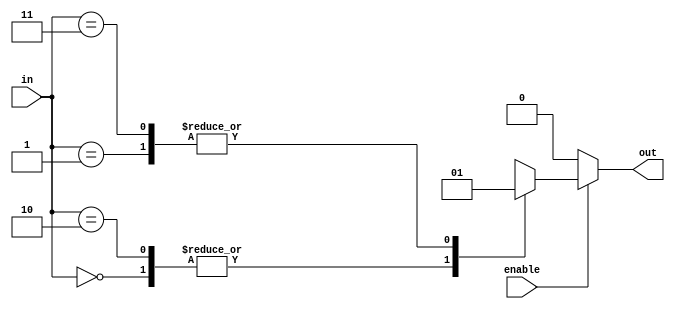

// test_simulation_decoder_2_test.v
module f1_test (input [1:0] in, input enable, output reg  out);

always @(in or enable)
    if(!enable)
	    out = 4'b0000;
	else begin
	   case (in)
	       2'b00 : out = 0 ;
	       2'b01 : out = 1;
	       2'b10 : out = 0;
	       2'b11 : out = 1;
	    endcase
	end
endmodule

// test_simulation_decoder_3_test.v
module f2_test (input [1:0] in, input enable, output reg [2:0] out);

always @(in or enable)
    if(!enable)
	    out = 3'b000;
	else begin
	   case (in)
	       2'b00 : out = 3'b001 ;
	       2'b01 : out = 3'b010;
	       2'b10 : out = 3'b010;
	       2'b11 : out = 3'b100;
	    endcase
	end
endmodule

// test_simulation_decoder_4_test.v
module f3_test (input [2:0] in, output reg [7:0] out);

always @(in )
	   case (in)
	       3'b000 : out = 8'b00000001;
	       3'b001 : out = 8'b00000010;
	       3'b010 : out = 8'b00000100;
	       3'b011 : out = 8'b00001000;
	       3'b100 : out = 8'b00010000;
	       3'b101 : out = 8'b00100000;
	       3'b110 : out = 8'b01000000;
	       3'b111 : out = 8'b10000000;
	    endcase
endmodule	

// test_simulation_decoder_5_test.v
module f4_test (input [2:0] in, input enable, output reg [7:0] out);

always @(in or enable )
    if(!enable)
	    out = 8'b00000000;
	else	
	   case (in)
	       3'b000 : out = 8'b00000001;
	       3'b001 : out = 8'b00000010;
	       3'b010 : out = 8'b00000100;
	       3'b011 : out = 8'b00001000;
	       3'b100 : out = 8'b00010000;
	       3'b101 : out = 8'b00100000;
	       3'b110 : out = 8'b01000000;
	       3'b111 : out = 8'b10000000;
	    endcase
endmodule	

// test_simulation_decoder_6_test.v
module f5_test (input [3:0] in, input enable, output reg [15:0] out);

always @(in or enable)
    if(!enable)
	    out = 16'b0000000000000000;
	else begin
	   case (in)
	       4'b0000 : out = 16'b0000000000000001;
	       4'b0001 : out = 16'b0000000000000010;
	       4'b0010 : out = 16'b0000000000000100;
	       4'b0011 : out = 16'b0000000000001000;
	       4'b0100 : out = 16'b0000000000010000;
	       4'b0101 : out = 16'b0000000000100000;
	       4'b0110 : out = 16'b0000000001000000;
	       4'b0111 : out = 16'b0000000010000000;
	       4'b1000 : out = 16'b0000000100000000;
	       4'b1001 : out = 16'b0000001000000000;
	       4'b1010 : out = 16'b0000010000000000;
	       4'b1011 : out = 16'b0000100000000000;
	       4'b1100 : out = 16'b0001000000000000;
	       4'b1101 : out = 16'b0010000000000000;
	       4'b1110 : out = 16'b0100000000000000;
	       4'b1111 : out = 16'b1000000000000000;
	    endcase
	end
endmodule	


// test_simulation_decoder_7_test.v
module f6_test (input [4:0] in, input enable, output reg [31:0] out);

always @(in or enable)
    if(!enable)
	    out = 32'b00000000000000000000000000000000;
	else begin
	   case (in)
	       5'b00000 : out = 32'b00000000000000000000000000000001;
	       5'b00001 : out = 32'b00000000000000000000000000000010;
	       5'b00010 : out = 32'b00000000000000000000000000000100;
	       5'b00011 : out = 32'b00000000000000000000000000001000;
	       5'b00100 : out = 32'b00000000000000000000000000010000;
	       5'b00101 : out = 32'b00000000000000000000000000100000;
	       5'b00110 : out = 32'b00000000000000000000000001000000;
	       5'b00111 : out = 32'b00000000000000000000000010000000;
	       5'b01000 : out = 32'b00000000000000000000000100000000;
	       5'b01001 : out = 32'b00000000000000000000001000000000;
	       5'b01010 : out = 32'b00000000000000000000010000000000;
	       5'b01011 : out = 32'b00000000000000000000100000000000;
	       5'b01100 : out = 32'b00000000000000000001000000000000;
	       5'b01101 : out = 32'b00000000000000000010000000000000;
	       5'b01110 : out = 32'b00000000000000000100000000000000;
	       5'b01111 : out = 32'b00000000000000001000000000000000;
	       5'b10000 : out = 32'b00000000000000010000000000000000;
	       5'b10001 : out = 32'b00000000000000100000000000000000;
	       5'b10010 : out = 32'b00000000000001000000000000000000;
	       5'b10011 : out = 32'b00000000000010000000000000000000;
	       5'b10100 : out = 32'b00000000000100000000000000000000;
	       5'b10101 : out = 32'b00000000001000000000000000000000;
	       5'b10110 : out = 32'b00000000010000000000000000000000;
	       5'b10111 : out = 32'b00000000100000000000000000000000;
	       5'b11000 : out = 32'b00000001000000000000000000000000;
	       5'b11001 : out = 32'b00000010000000000000000000000000;
	       5'b11010 : out = 32'b00000100000000000000000000000000;
	       5'b11011 : out = 32'b00001000000000000000000000000000;
	       5'b11100 : out = 32'b00010000000000000000000000000000;
	       5'b11101 : out = 32'b00100000000000000000000000000000;
	       5'b11110 : out = 32'b01000000000000000000000000000000;
	       5'b11111 : out = 32'b10000000000000000000000000000000;
	    endcase
	end
endmodule	


// test_simulation_decoder_8_test.v
module f7_test (input [5:0] in, input enable, output reg [63:0] out);

always @(in or enable)
    if(!enable)
	    out = 64'b0000000000000000000000000000000000000000000000000000000000000000;
	else begin
	   case (in)
	       6'b000000 : out = 64'b0000000000000000000000000000000000000000000000000000000000000001;
	       6'b000001 : out = 64'b0000000000000000000000000000000000000000000000000000000000000010;
	       6'b000010 : out = 64'b0000000000000000000000000000000000000000000000000000000000000100;
	       6'b000011 : out = 64'b0000000000000000000000000000000000000000000000000000000000001000;
	       6'b000100 : out = 64'b0000000000000000000000000000000000000000000000000000000000010000;
	       6'b000101 : out = 64'b0000000000000000000000000000000000000000000000000000000000100000;
	       6'b000110 : out = 64'b0000000000000000000000000000000000000000000000000000000001000000;
	       6'b000111 : out = 64'b0000000000000000000000000000000000000000000000000000000010000000;
	       6'b001000 : out = 64'b0000000000000000000000000000000000000000000000000000000100000000;
	       6'b001001 : out = 64'b0000000000000000000000000000000000000000000000000000001000000000;
	       6'b001010 : out = 64'b0000000000000000000000000000000000000000000000000000010000000000;
	       6'b001011 : out = 64'b0000000000000000000000000000000000000000000000000000100000000000;
	       6'b001100 : out = 64'b0000000000000000000000000000000000000000000000000001000000000000;
	       6'b001101 : out = 64'b0000000000000000000000000000000000000000000000000010000000000000;
	       6'b001110 : out = 64'b0000000000000000000000000000000000000000000000000100000000000000;
	       6'b001111 : out = 64'b0000000000000000000000000000000000000000000000001000000000000000;
	       6'b010000 : out = 64'b0000000000000000000000000000000000000000000000010000000000000000;
	       6'b010001 : out = 64'b0000000000000000000000000000000000000000000000100000000000000000;
	       6'b010010 : out = 64'b0000000000000000000000000000000000000000000001000000000000000000;
	       6'b010011 : out = 64'b0000000000000000000000000000000000000000000010000000000000000000;
	       6'b010100 : out = 64'b0000000000000000000000000000000000000000000100000000000000000000;
	       6'b010101 : out = 64'b0000000000000000000000000000000000000000001000000000000000000000;
	       6'b010110 : out = 64'b0000000000000000000000000000000000000000010000000000000000000000;
	       6'b010111 : out = 64'b0000000000000000000000000000000000000000100000000000000000000000;
	       6'b011000 : out = 64'b0000000000000000000000000000000000000001000000000000000000000000;
	       6'b011001 : out = 64'b0000000000000000000000000000000000000010000000000000000000000000;
	       6'b011010 : out = 64'b0000000000000000000000000000000000000100000000000000000000000000;
	       6'b011011 : out = 64'b0000000000000000000000000000000000001000000000000000000000000000;
	       6'b011100 : out = 64'b0000000000000000000000000000000000010000000000000000000000000000;
	       6'b011101 : out = 64'b0000000000000000000000000000000000100000000000000000000000000000;
	       6'b011110 : out = 64'b0000000000000000000000000000000001000000000000000000000000000000;
	       6'b011111 : out = 64'b0000000000000000000000000000000010000000000000000000000000000000;

	       6'b100000 : out = 64'b0000000000000000000000000000000100000000000000000000000000000000;
	       6'b100001 : out = 64'b0000000000000000000000000000001000000000000000000000000000000000;
	       6'b100010 : out = 64'b0000000000000000000000000000010000000000000000000000000000000000;
	       6'b100011 : out = 64'b0000000000000000000000000000100000000000000000000000000000000000;
	       6'b100100 : out = 64'b0000000000000000000000000001000000000000000000000000000000000000;
	       6'b100101 : out = 64'b0000000000000000000000000010000000000000000000000000000000000000;
	       6'b100110 : out = 64'b0000000000000000000000000100000000000000000000000000000000000000;
	       6'b100111 : out = 64'b0000000000000000000000001000000000000000000000000000000000000000;
	       6'b101000 : out = 64'b0000000000000000000000010000000000000000000000000000000000000000;
	       6'b101001 : out = 64'b0000000000000000000000100000000000000000000000000000000000000000;
	       6'b101010 : out = 64'b0000000000000000000001000000000000000000000000000000000000000000;
	       6'b101011 : out = 64'b0000000000000000000010000000000000000000000000000000000000000000;
	       6'b101100 : out = 64'b0000000000000000000100000000000000000000000000000000000000000000;
	       6'b101101 : out = 64'b0000000000000000001000000000000000000000000000000000000000000000;
	       6'b101110 : out = 64'b0000000000000000010000000000000000000000000000000000000000000000;
	       6'b101111 : out = 64'b0000000000000000100000000000000000000000000000000000000000000000;
	       6'b110000 : out = 64'b0000000000000001000000000000000000000000000000000000000000000000;
	       6'b110001 : out = 64'b0000000000000010000000000000000000000000000000000000000000000000;
	       6'b110010 : out = 64'b0000000000000100000000000000000000000000000000000000000000000000;
	       6'b110011 : out = 64'b0000000000001000000000000000000000000000000000000000000000000000;
	       6'b110100 : out = 64'b0000000000010000000000000000000000000000000000000000000000000000;
	       6'b110101 : out = 64'b0000000000100000000000000000000000000000000000000000000000000000;
	       6'b110110 : out = 64'b0000000001000000000000000000000000000000000000000000000000000000;
	       6'b110111 : out = 64'b0000000010000000000000000000000000000000000000000000000000000000;
	       6'b111000 : out = 64'b0000000100000000000000000000000000000000000000000000000000000000;
	       6'b111001 : out = 64'b0000001000000000000000000000000000000000000000000000000000000000;
	       6'b111010 : out = 64'b0000010000000000000000000000000000000000000000000000000000000000;
	       6'b111011 : out = 64'b0000100000000000000000000000000000000000000000000000000000000000;
	       6'b111100 : out = 64'b0001000000000000000000000000000000000000000000000000000000000000;
	       6'b111101 : out = 64'b0010000000000000000000000000000000000000000000000000000000000000;
	       6'b111110 : out = 64'b0100000000000000000000000000000000000000000000000000000000000000;
	       6'b111111 : out = 64'b1000000000000000000000000000000000000000000000000000000000000000;
	    endcase
	end
endmodule